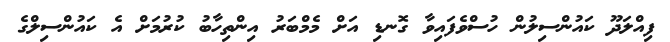
ފިއްލަދޫ ކައުންސިލުން ހުސްވެފައިވާ ގޮނޑި އަށް މެމްބަރު އިންތިހާބު ކުރުމަށް އެ ކައުންސިލްގެ